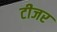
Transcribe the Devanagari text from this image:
टीजर